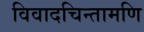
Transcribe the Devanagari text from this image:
विवादचिन्तामणि